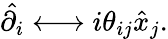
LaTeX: \hat{\partial_{i}}\longleftrightarrow i\theta_{ij}\hat{x}_{j}.